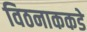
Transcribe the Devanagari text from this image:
विठनाककडे